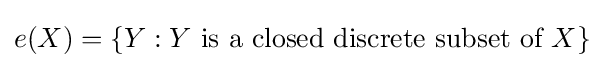
e(X)=\{Y:Y{\text{ is a closed discrete subset of }}X\}